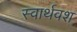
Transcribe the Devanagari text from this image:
स्वार्थवश